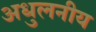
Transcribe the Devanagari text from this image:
अधुलनीय